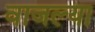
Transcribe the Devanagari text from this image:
वाजल्या